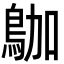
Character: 𪀁